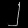
Digit: ၂